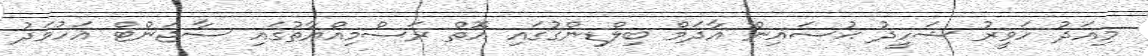
މިއަދު ހަވީރު ޝަހީދު ޙުސައިން އާދަމް ބިލްޑިންގުގައި އޮތް ރަސްމިއްޔާތުގައި ސާޖަންޓް އަހުމަދު